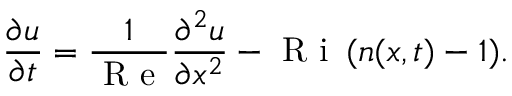
\frac { \partial u } { \partial t } = \frac { 1 } { \mathrm { ~ R ~ e ~ } } \frac { \partial ^ { 2 } u } { \partial x ^ { 2 } } - \mathrm { ~ R ~ i ~ } \, ( n ( x , t ) - 1 ) .